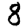
Digit: 8